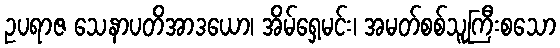
ဥပရာဇ သေနာပတိအာဒယော၊ အိမ်ရှေ့မင်း၊ အမတ်စစ်သူကြီးစသော